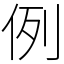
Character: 例